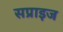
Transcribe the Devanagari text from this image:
सप्राइज